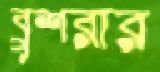
বুশরার